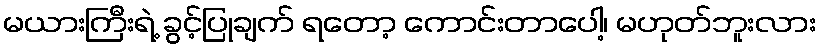
မယားကြီးရဲ့ ခွင့်ပြုချက် ရတော့ ကောင်းတာပေါ့၊ မဟုတ်ဘူးလား